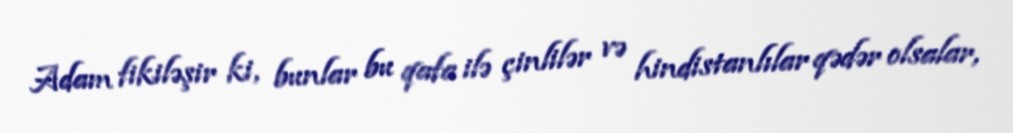
Adam fikiləşir ki, bunlar bu qafa ilə çinlilər və hindistanlılar qədər olsalar,